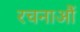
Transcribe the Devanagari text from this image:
रचनाऔं